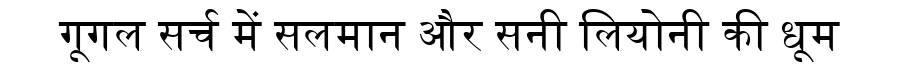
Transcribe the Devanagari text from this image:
गूगल सर्च में सलमान और सनी लियोनी की धूम